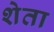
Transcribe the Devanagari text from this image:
शेता